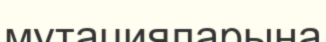
мутацияларына